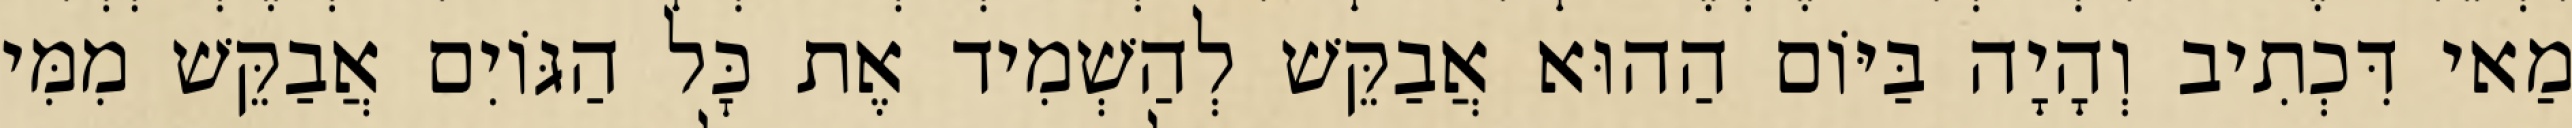
מַאי דִּכְתִיב וְהָיָה בַּיּוֹם הַהוּא אֲבַקֵּשׁ לְהַשְׁמִיד אֶת כׇּל הַגּוֹיִם אֲבַקֵּשׁ מִמִּי